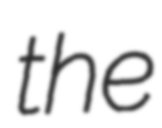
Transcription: the